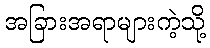
အခြားအရာများကဲ့သို့